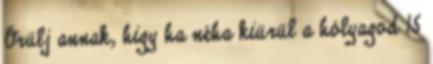
Örülj annak, higy ha néha kiürül a hólyagod 15